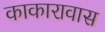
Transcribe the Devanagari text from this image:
काकारावास